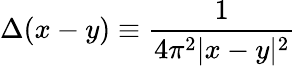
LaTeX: \Delta(x-y)\equiv{\frac{1}{4\pi^{2}|x-y|^{2}}}